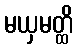
မယှမတ္ထိ